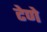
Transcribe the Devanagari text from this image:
टेणे